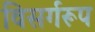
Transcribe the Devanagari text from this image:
विसर्गरूप